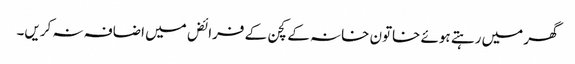
گھر میں رہتے ہوئے خاتون خانہ کے کچن کے فرائض میں اضافہ نہ کریں۔